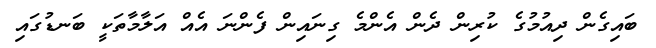
ބައިގެން ދިއުމުގެ ކުރިން ދެން އެންމެ ގިނައިން ފެންނަ އެއް އަލާމާތަކީ ބަނޑުގައި